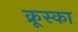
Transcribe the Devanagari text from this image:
क्रूस्का